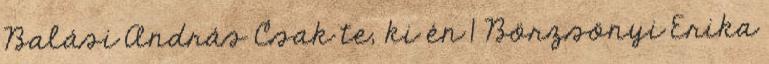
Balási András Csak te, ki én 1 Börzsönyi Erika